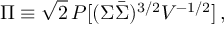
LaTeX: \Pi \equiv \sqrt { 2 } \, { \cal P } [ ( \Sigma \bar { \Sigma } ) ^ { 3 / 2 } V ^ { - 1 / 2 } ] \, ,